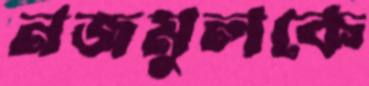
নজমুলকে